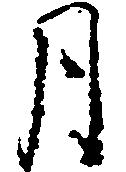
月